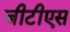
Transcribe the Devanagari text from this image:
जीटीएस